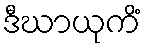
ဒီဃာယုကိံ